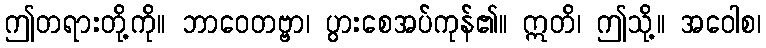
ဤတရားတို့ကို။ ဘာဝေတဗ္ဗာ၊ ပွားစေအပ်ကုန်၏။ ဣတိ၊ ဤသို့။ အဝေါစ၊